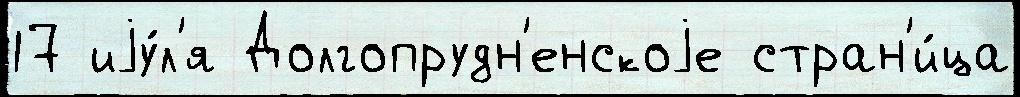
17 иjу́л'я Долгопрудн'енскоjе стран'и́ца